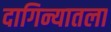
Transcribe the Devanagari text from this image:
दागिन्यातला